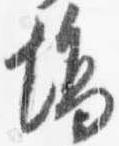
場